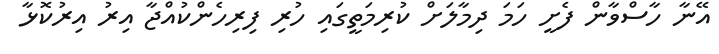
އޭނާ ހާސްވާން ފެށީ ހަމަ ދިމާލަށް ކުރިމަތީގައި ހުރި ފިރިހެންކުއްޖާ އިރު އިރުކޮޅާ